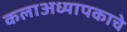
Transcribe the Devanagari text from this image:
कलाअध्यापकाचे